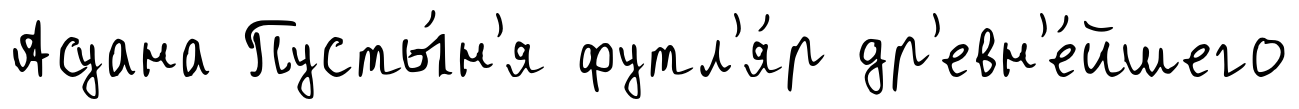
Асуана Пусты́н'я футл'я́р др'евн'е́йшего